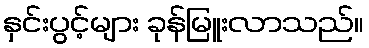
နှင်းပွင့်များ ခုန်မြူးလာသည်။